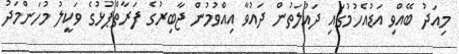
މިއަދު ބޭއްވި އަޑުއެހުމުގައި ދައުލަތުން ދައުވާ އިއްވުމުން ޖާބިރުގެ ފަރާތްޕުޅުގެ ވަކީލު މުހަންމަދު